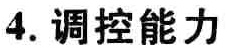
4. 调控能力